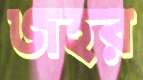
জহর